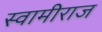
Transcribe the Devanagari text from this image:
स्वामीराज